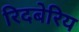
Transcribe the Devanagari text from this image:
रिदबेरिय